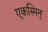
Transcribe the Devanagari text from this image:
एकस्मिन्